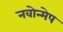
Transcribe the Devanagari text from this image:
नवोन्मेप